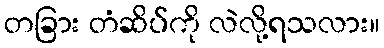
တခြား တံဆိပ်ကို လဲလို့ရသလား။